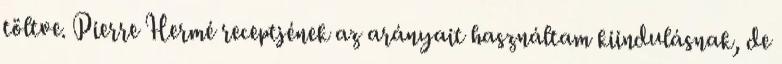
töltve. Pierre Hermé receptjének az arányait használtam kiindulásnak, de